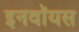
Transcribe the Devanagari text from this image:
इनवॉयस